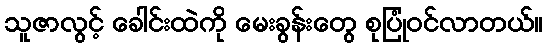
သူဇာလွင့် ခေါင်းထဲကို မေးခွန်းတွေ စုပြုံဝင်လာတယ်။